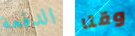
الدفعة وقتا